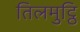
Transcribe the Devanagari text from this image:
तिलमुट्ठि